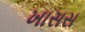
ખાસસ